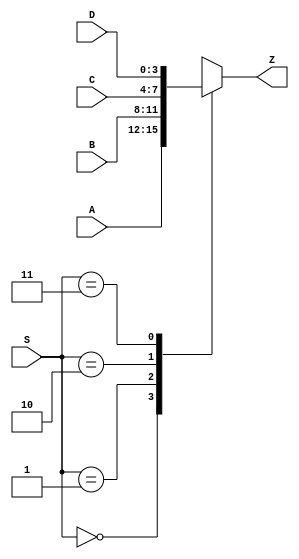
// mux4to1.v
module mux4to1
#(
	parameter N = 4
)
(
	input wire [N-1:0] A, B, C, D,
	input wire [1:0] S,
	output reg [N-1:0] Z
);

  always@*
  begin
	  case(S)
		  0: Z = A;
		  1: Z = B;
		  2: Z = C;
		  3: Z = D;
	  endcase	
  end
  
endmodule